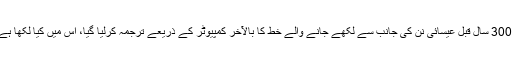
‘ 300 سال قبل عیسائی نن کی جانب سے لکھے جانے والے خط کا بالآخر کمپیوٹر کے ذریعے ترجمہ کرلیا گیا، اس میں کیا لکھا ہے؟